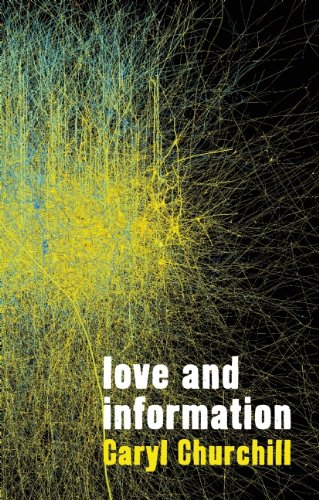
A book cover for Love and Information; Caryl Churchill; Literature & Fiction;